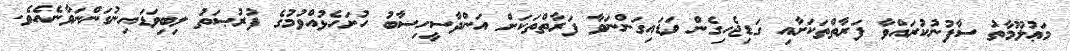
މަޢުލޫމާތު ސާފުނުކުރައްވާ ފަރާތްތަކަށާއި ގަޑިޖެހިގެން ވަޑައިގަންނަވާ ފަރާތްތަކަށް އަންދާސީހިސާބު ހުށަހެޅުއްވުމުގެ ފުރުޞަތު ލިބިވަޑައިނުގަންނަވާނެއެވެ.